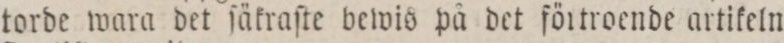
torde wara det ſäkraſte bewis på det förtroende artikeln